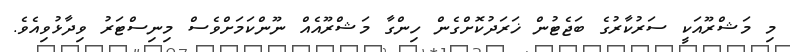
މި މަޝްރޫއަކީ ސަރުކާރުގެ ބަޖެޓުން ޚަރަދުކޮށްގެން ހިންގާ މަޝްރޫއެއް ނޫންކަމަށްވެސް މިނިސްޓަރު ވިދާޅުވިއެވެ.